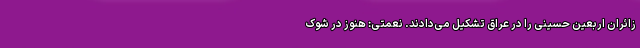
زائران اربعین حسینی را در عراق تشکیل می‌دادند. نعمتی: هنوز در شوک